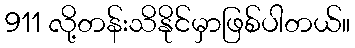
911 လို့တန်းသိနိုင်မှာဖြစ်ပါတယ်။